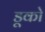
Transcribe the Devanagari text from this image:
डूको